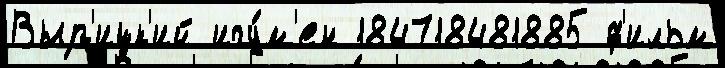
Выр'ицк'ий игу́м'ен 184718481885 ф'ильм